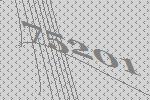
75201